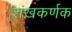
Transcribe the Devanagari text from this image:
शंखकर्णक